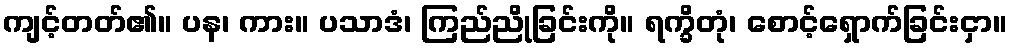
ကျင့်တတ်၏။ ပန၊ ကား။ ပသာဒံ၊ ကြည်ညိုခြင်းကို။ ရက္ခိတုံ၊ စောင့်ရှောက်ခြင်းငှာ။